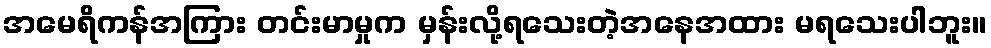
အမေရိကန်အကြား တင်းမာမှုက မှန်းလို့ရသေးတဲ့အနေအထား မရသေးပါဘူး။